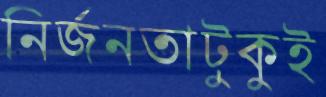
নির্জনতাটুকুই